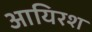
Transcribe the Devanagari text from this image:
आयिरश